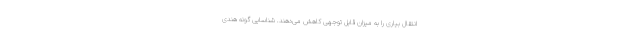
انتقال بیاری را به میزان قابل توجهی کاهش می‌دهند. شناسایی گونه هندی